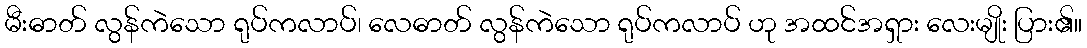
မီးဓာတ် လွန်ကဲသော ရုပ်ကလာပ်၊ လေဓာတ် လွန်ကဲသော ရုပ်ကလာပ် ဟု အထင်အရှား လေးမျိုး ပြား၏။